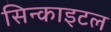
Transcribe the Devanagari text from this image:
सिन्काइटल